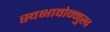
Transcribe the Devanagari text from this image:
स्वभावोन्मुख